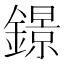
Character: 鐛